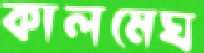
কালমেঘ